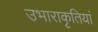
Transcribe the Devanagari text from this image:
उभाराकृतियां